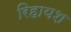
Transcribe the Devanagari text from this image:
रिहायश